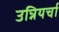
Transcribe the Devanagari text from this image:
उन्नियर्चा